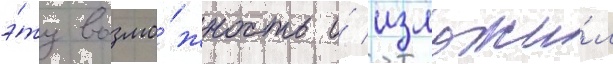
э́ту возмо́жность и́ изложи́л